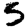
Digit: 5